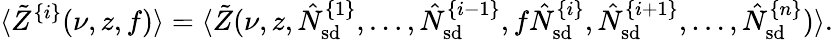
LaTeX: \langle\tilde{Z}^{\{ i\} }(\nu,z,f)\rangle=\langle\tilde{Z}(\nu,z,\hat{N}_{\mathrm{sd}}^{\{ 1\} },\ldots,\hat{N}_{\mathrm{sd}}^{\{ i-1\} },f\hat{N}_{\mathrm{sd}}^{\{ i\} },\hat{N}_{\mathrm{sd}}^{\{ i+1\} },\ldots,\hat{N}_{\mathrm{sd}}^{\{ n\} })\rangle.